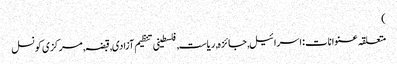
)
متعلقہ عنوانات‬:اسرائیل, جائزہ, ریاست, فلسطینی تنظیم آزادی, قبضہ, مرکزی کونسل